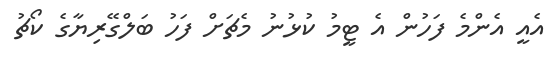
އެއީ އެންމެ ފަހުން އެ ޓީމު ކުޅުނު މެޗަށް ފަހު ބަލްގޭރިޔާގެ ކޯޗު